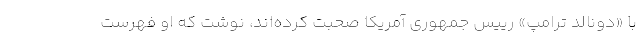
با «دونالد ترامپ» رییس جمهوری آمریکا صحبت کرده‌اند، نوشت که او فهرست